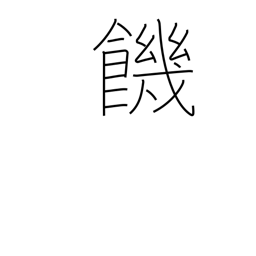
Meaning: thirst